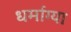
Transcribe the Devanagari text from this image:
धर्माग्या